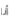
أنا